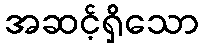
အဆင့်ရှိသော